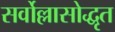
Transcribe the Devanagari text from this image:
सर्वोल्लासोद्धृत